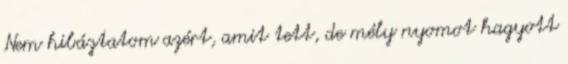
Nem hibáztatom azért, amit tett, de mély nyomot hagyott